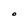
Character: O